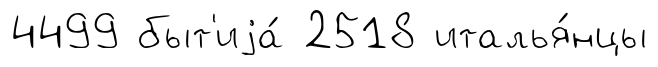
4499 быт'иjа́ 2518 италья́нцы